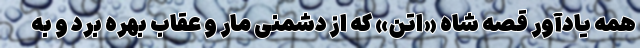
همه یادآور قصه‌ شاه «اِتَنَ» که از دشمنی مار و عقاب بهره برد و به